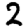
Digit: 2